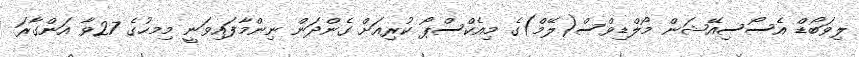
ލިވަބޯޑް އެސޯސިއޭޝަން މޯލްޑިވްސް(ލޭމް)ގެ މިއެކްސްޕޯ ކުރިއަށް ގެންދަން ނިންމާފައިވަނީ މިމހުގެ 27ވާ އަންގާރަ